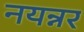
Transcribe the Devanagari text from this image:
नयन्नर